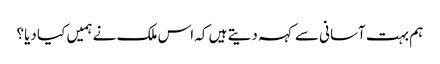
ہم بہت آسانی سے کہہ دیتے ہیں کہ اس ملک نے ہمیں کیا دیا؟